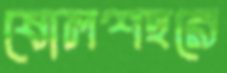
ষোলশহরে